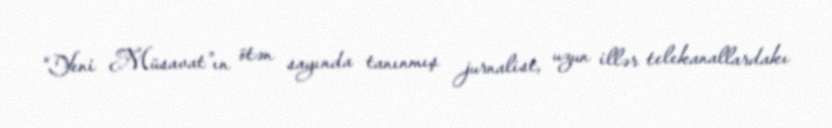
“Yeni Müsavat”ın ötən sayında tanınmış jurnalist, uzun illər telekanallardakı